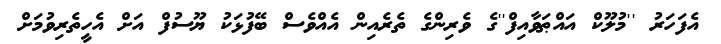
އެފަހަރު ''މުލޫކް އައްޠަވާއިފް''ގެ ވެރިންގެ ތެރެއިން އެއްވެސް ބޭފުޅަކު ޔޫސުފް އަށް އެހީތެރިވުމަށް